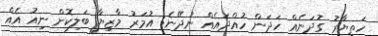
ހަތިޔާރު ގުދަނެއް ހަދަން ހުއްދައެއް ނުދޭނެ: އުމަރު މާޒިޔާ ބަލިކޮށް ނިއު އެއް